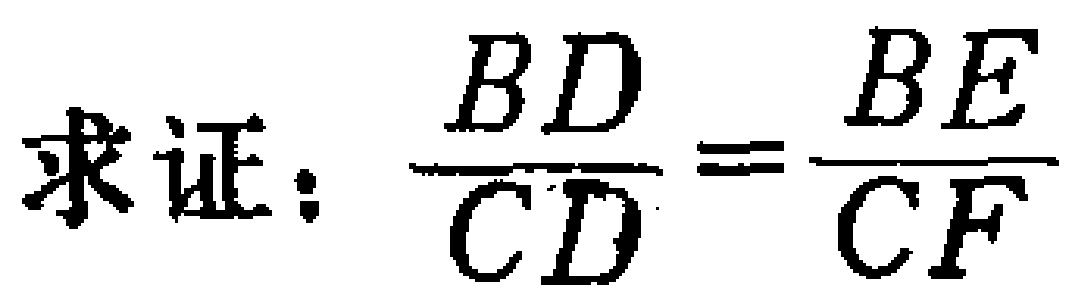
求证：$\frac{BD}{CD}=\frac{BE}{CF}$